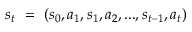
s _ { t } ~ = ~ ( s _ { 0 } , a _ { 1 } , s _ { 1 } , a _ { 2 } , . . . , s _ { t - 1 } , a _ { t } )